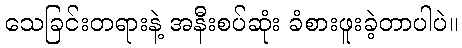
သေခြင်းတရားနဲ့ အနီးစပ်ဆုံး ခံစားဖူးခဲ့တာပါပဲ။